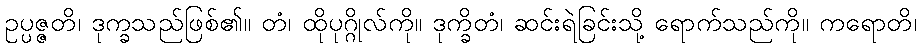
ဥပ္ပဇ္ဇတိ၊ ဒုက္ခသည်ဖြစ်၏။ တံ၊ ထိုပုဂ္ဂိုလ်ကို။ ဒုက္ခိတံ၊ ဆင်းရဲခြင်းသို့ ရောက်သည်ကို။ ကရောတိ၊